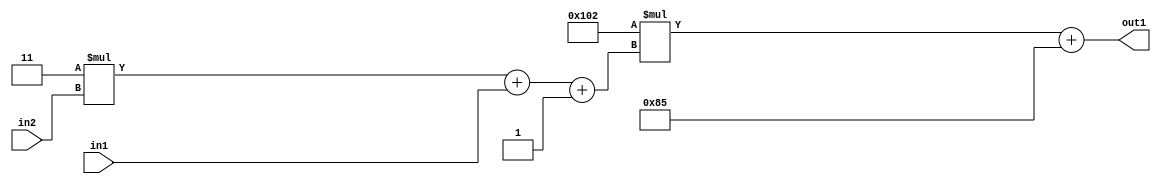
`timescale 1ps / 1ps
/*****************************************************************************
    Verilog RTL Description
    
    
    Created by: Stratus DpOpt 2019.1.01 
*******************************************************************************/

module DC_Filter_Add2i133Mul2i258Add3i1u1Mul2i3u2_4 (
	in2,
	in1,
	out1
	); /* architecture "behavioural" */ 
input [1:0] in2;
input  in1;
output [11:0] out1;
wire [11:0] asc001;
wire [3:0] asc002;

wire [3:0] asc002_tmp_0;
wire [3:0] asc002_tmp_1;
assign asc002_tmp_1 = 
	+(4'B0011 * in2);
assign asc002_tmp_0 = asc002_tmp_1
	+(in1);
assign asc002 = asc002_tmp_0
	+(4'B0001);

wire [11:0] asc001_tmp_2;
assign asc001_tmp_2 = 
	+(12'B000100000010 * asc002);
assign asc001 = asc001_tmp_2
	+(12'B000010000101);

assign out1 = asc001;
endmodule

/* CADENCE  vrTwTQw= : u9/ySgnWtBlWxVPRXgAZ4Og= ** DO NOT EDIT THIS LINE ******/